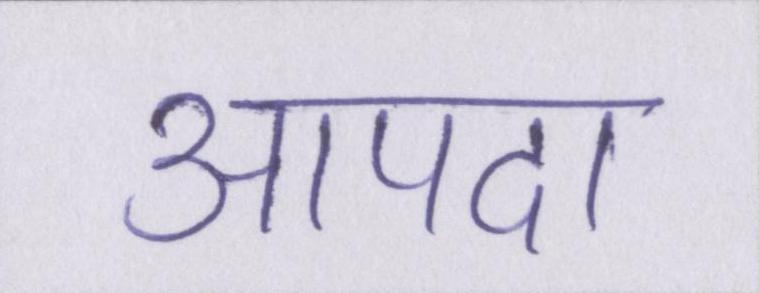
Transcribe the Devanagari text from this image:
आपदा